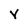
Character: v